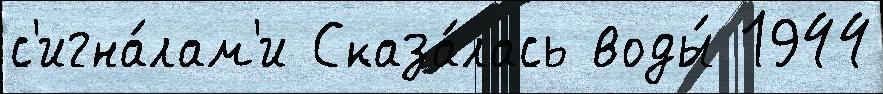
с'игна́лам'и Сказа́лась воды́ 1944